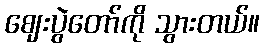
ဈေးပွဲတော်ကို သွားတယ်။